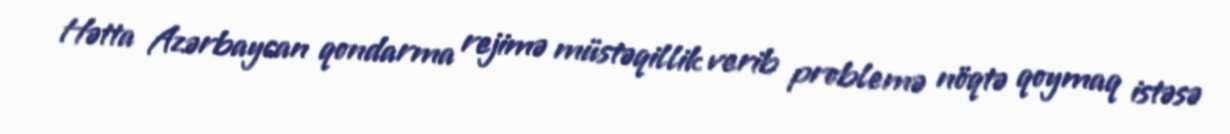
Hətta Azərbaycan qondarma rejimə müstəqillik verib problemə nöqtə qoymaq istəsə